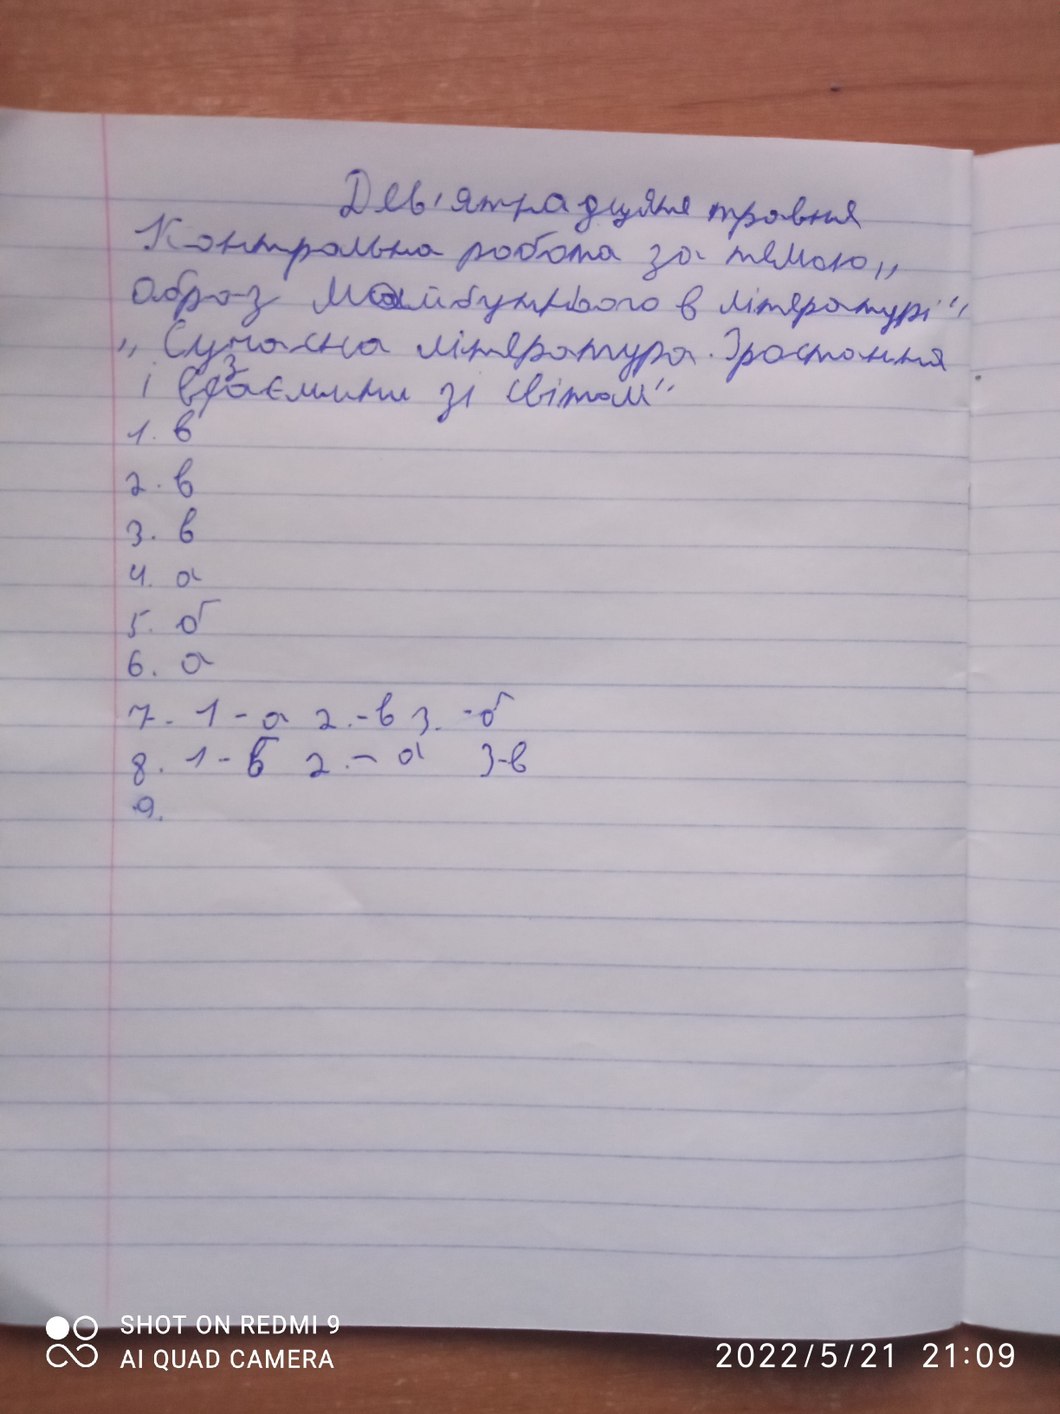
Дев'ятнадцяте травня
Контрольна робота за темою „
образ майбутнього в літературі"
„Сучасна література. Зростання
і в~~с~~{з}аємини зі світом"
1. в
2. в
3. в
4. a
5. б
6. a
7.  1 - а 2. - в 3. - б
8. 1 - в 2. - а 3 - в
9.